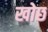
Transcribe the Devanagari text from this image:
खोछ